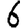
Digit: 6